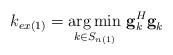
LaTeX: \begin{align*} k_{ex\left (1\right )}=\underset{k\in S_{n\left ( 1 \right )}}{{\arg \min}}~ \textbf{g}_{k}^{H}\textbf{g}_{k}\end{align*}